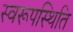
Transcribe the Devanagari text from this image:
स्वरूपस्थिति